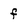
Character: f